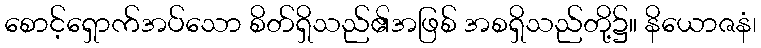
စောင့်ရှောက်အပ်သော စိတ်ရှိသည်၏အဖြစ် အစရှိသည်တို့၌။ နိယောဇနံ၊